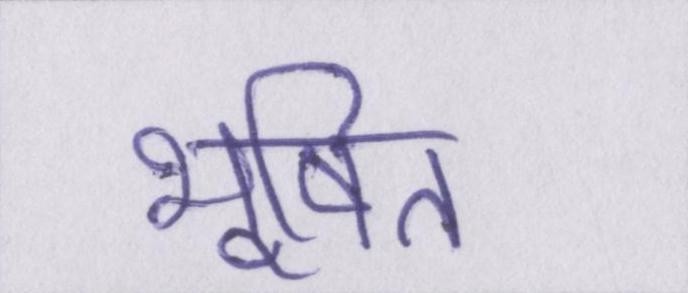
भूषित